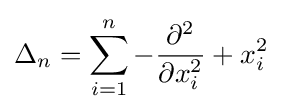
\Delta _{n}=\sum _{i=1}^{n}-{\partial ^{2} \over \partial x_{i}^{2}}+x_{i}^{2}